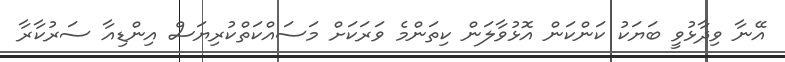
އޭނާ ވިދާޅުވީ ބަޔަކު ކަންކަން އޮޅުވާލަން ކިތަންމެ ވަރަކަށް މަސައްކަތްކުރިޔަސް އިންޑިއާ ސަރުކާރާ